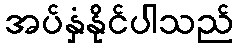
အပ်နှံနိုင်ပါသည်